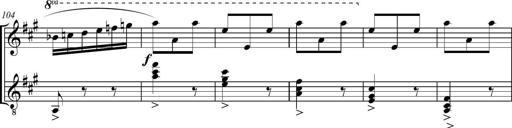
Title: Sonatine bureaucratique
Composer: Erik Satie